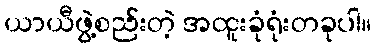
ယာယီဖွဲ့စည်းတဲ့ အထူးခုံရုံးတခုပါ။